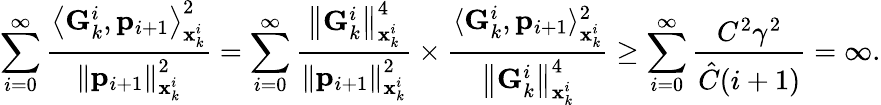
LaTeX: \sum_{i=0}^{\infty}\frac{\left\langle\mathbf{G}_{k}^{i},\mathbf{p}_{i+1}\right\rangle_{\mathbf{x}_{k}^{i}}^{2}}{\left\| \mathbf{p}_{i+1}\right\| _{\mathbf{x}_{k}^{i}}^{2}}=\sum_{i=0}^{\infty}\frac{\left\| \mathbf{G}_{k}^{i}\right\| _{\mathbf{x}_{k}^{i}}^{4}}{\left\| \mathbf{p}_{i+1}\right\| _{\mathbf{x}_{k}^{i}}^{2}}\times\frac{\langle\mathbf{G}_{k}^{i},\mathbf{p}_{i+1}\rangle_{\mathbf{x}_{k}^{i}}^{2}}{\left\| \mathbf{G}_{k}^{i}\right\| _{\mathbf{x}_{k}^{i}}^{4}}\ge\sum_{i=0}^{\infty}\frac{C^{2}\gamma^{2}}{\hat{C}(i+1)}=\infty.